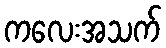
ကလေးအသက်